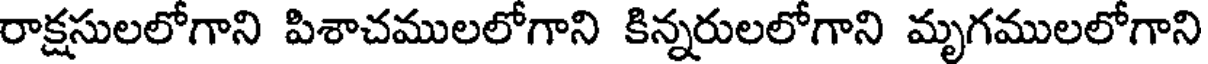
రాక్షసులలోగాని పిశాచములలోగాని కిన్నరులలోగాని మృగములలోగాని